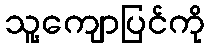
သူ့ကျောပြင်ကို